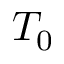
T _ { 0 }